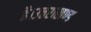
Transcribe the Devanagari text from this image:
है।उत्तराखण्ड